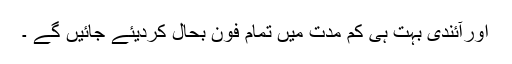
اورآئندی بہت ہی کم مدت میں تمام فون بحال کردیئے جائیں گے ۔